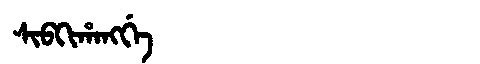
Manchu: ᠰᡳᠪᡴᡳᡥᠠᠩᡤᡝ
Romanization: SIBKIHANGGE